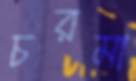
চরমা